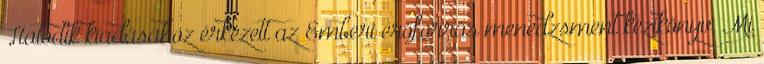
Hatodik kiadásához érkezett az Emberi erőforrás menedzsment kézikönyv. Mi